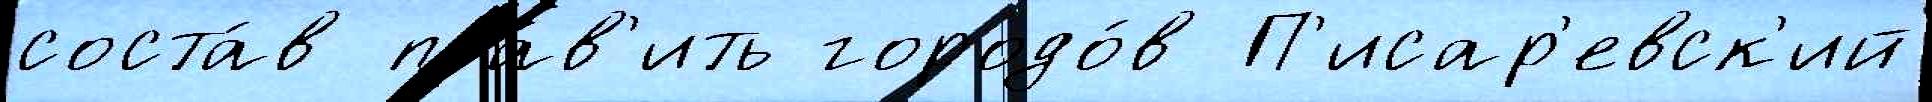
соста́в пра́в'ить городо́в П'исар'евск'ий